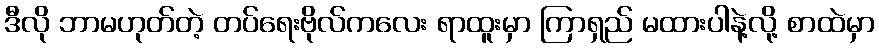
ဒီလို ဘာမဟုတ်တဲ့ တပ်ရေးဗိုလ်ကလေး ရာထူးမှာ ကြာရှည် မထားပါနဲ့လို့ စာထဲမှာ